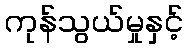
ကုန်သွယ်မှုနှင့်